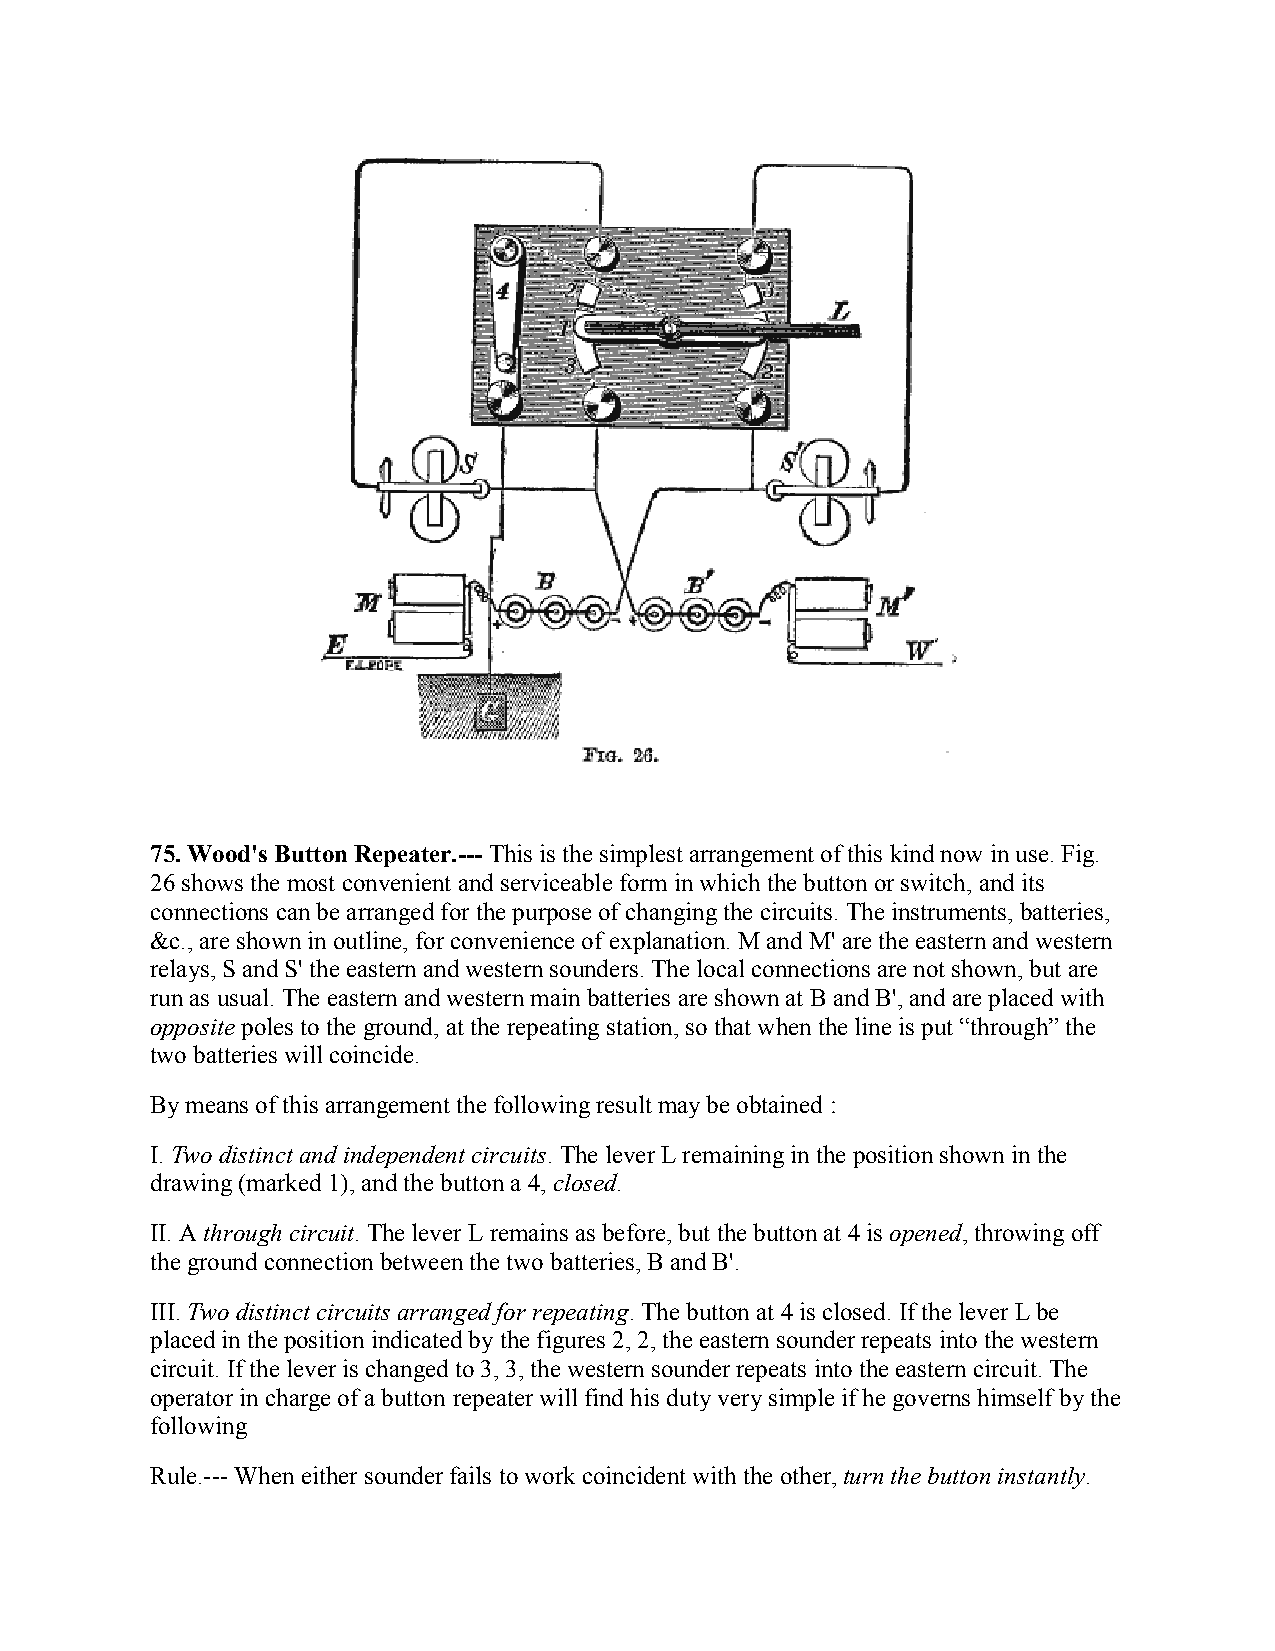
75. Wood's Button Repeater.--- This is the simplest arrangement of this kind now in use. Fig.
 26 shows the most convenient and serviceable form in which the button or switch, and its
 connections can be arranged for the purpose of changing the circuits. The instruments, batteries,
 &c., are shown in outline, for convenience of explanation. M and M' are the eastern and western
 relays, S and S' the eastern and western sounders. The local connections are not shown, but are
 run as usual. The eastern and western main batteries are shown at B and B', and are placed with
 opposite poles to the ground, at the repeating station, so that when the line is put “through” the
 two batteries will coincide.
 By means of this arrangement the following result may be obtained :
 I. Two distinct and independent circuits. The lever L remaining in the position shown in the
 drawing (marked 1), and the button a 4, closed.
 II. A through circuit. The lever L remains as before, but the button at 4 is opened, throwing off
 the ground connection between the two batteries, B and B'.
 III. Two distinct circuits arranged for repeating. The button at 4 is closed. If the lever L be
 placed in the position indicated by the figures 2, 2, the eastern sounder repeats into the western
 circuit. If the lever is changed to 3, 3, the western sounder repeats into the eastern circuit. The
 operator in charge of a button repeater will find his duty very simple if he governs himself by the
 following
 Rule.--- When either sounder fails to work coincident with the other, turn the button instantly.